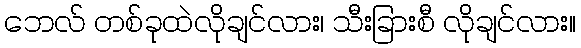
ဘေလ် တစ်ခုထဲလိုချင်လား၊ သီးခြားစီ လိုချင်လား။